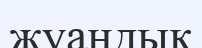
жуандық